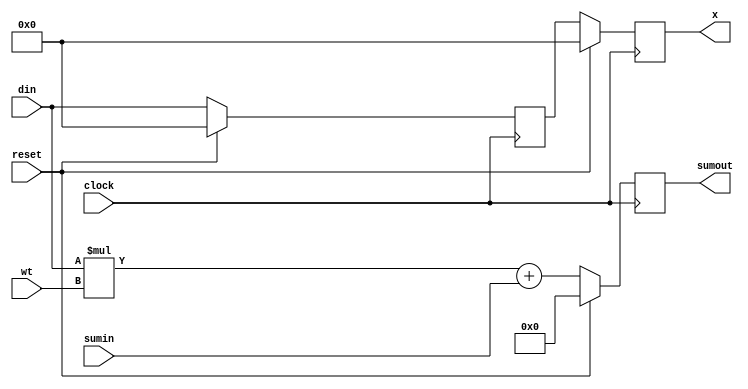
`timescale 1ns / 1ps
//////////////////////////////////////////////////////////////////////////////////
// Company: 
// Engineer: 
// 
// Design Name: 
// Module Name:    mac 
// Project Name: 
// Target Devices: 
// Tool versions: 
// Description: 
//
// Dependencies: 
//
// Revision: 
// Revision 0.01 - File Created
// Additional Comments: 
//
//////////////////////////////////////////////////////////////////////////////////
module mc(
input wire signed [8:0] din, //the input data value(pixel)
input wire signed [8:0] wt, //The window or weight value
input wire signed [17:0] sumin,
output reg signed [17:0] sumout,
output reg signed [8:0] x,
input wire clock,
input wire reset
);

wire signed [17:0] sum;
reg signed [8:0] temp1=8'd0;

assign sum=(din*wt)+sumin; //Multiplication and accumulation

always@(posedge clock)
begin
    if(reset)
    begin
        sumout<=18'b0;
        temp1<=9'b0;
        x<=9'b0;
    end
    else
    begin
        temp1<=din;
        x<=temp1;
        sumout<=sum;
    end

end

endmodule